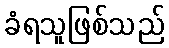
ခံရသူဖြစ်သည်